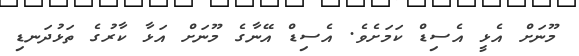
މޫނަށް އެޅީ އެސިޑް ކަމަށެވެ. އެސިޑް އޭނާގެ މޫނަށް އަޅާ ކާރުގެ ތަޅުދަނޑި